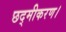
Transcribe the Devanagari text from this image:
छद्मीकरण।